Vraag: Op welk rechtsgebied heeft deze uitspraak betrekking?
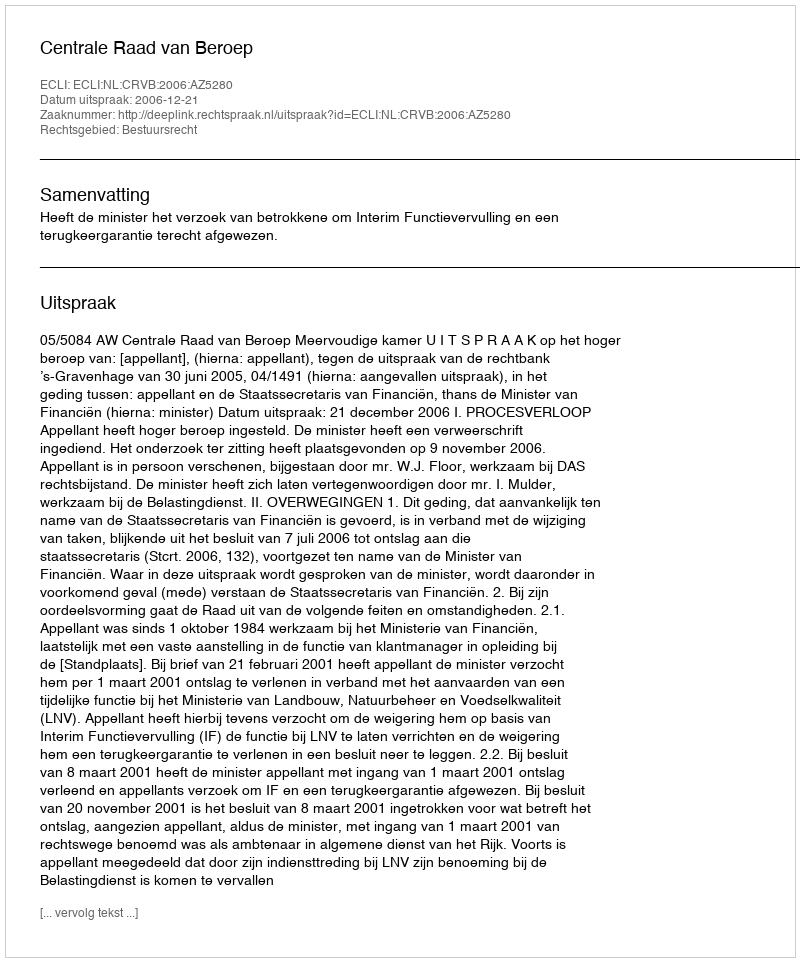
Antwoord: Bestuursrecht